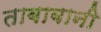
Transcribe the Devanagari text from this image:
ताबाबानी